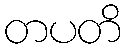
တပတိ